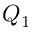
Q _ { 1 }